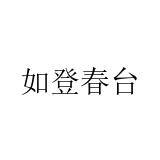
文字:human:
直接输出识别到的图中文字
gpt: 如登春台